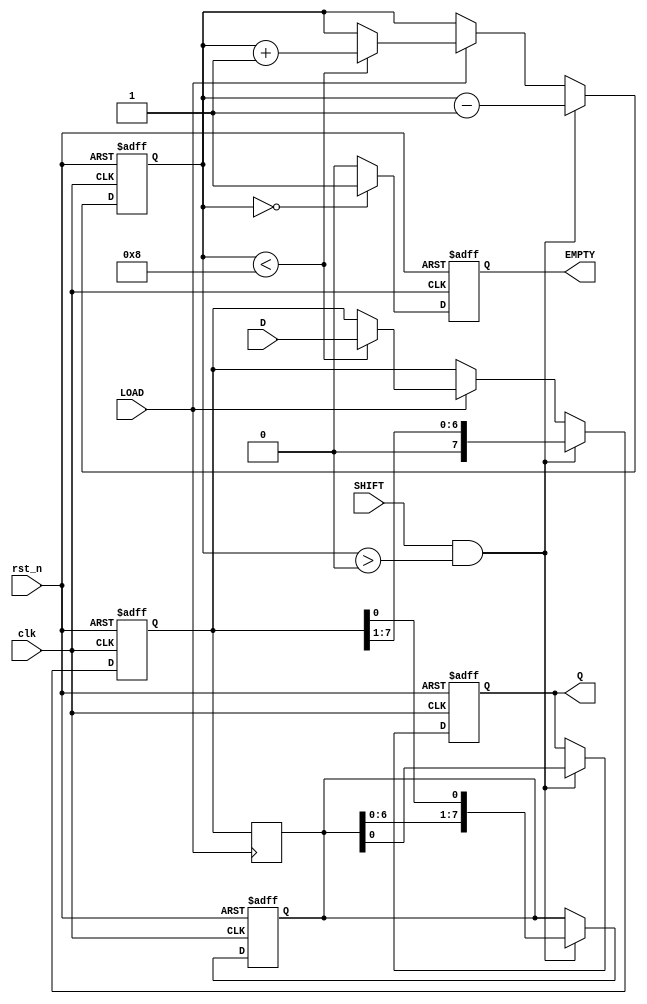
module FIFO_PISO #(
    parameter WIDTH = 8  // Parameter to define the width of the data input
)(
    input wire clk,              // Clock signal
    input wire rst_n,            // Asynchronous active low reset signal
    input wire LOAD,             // Control signal to load data
    input wire SHIFT,            // Control signal to shift data out serially
    input wire [WIDTH-1:0] D,    // Parallel data input bus
    output reg Q,                // Serial output
    output reg EMPTY             // Empty flag
);

    reg [WIDTH-1:0] register;    // Internal register to hold data
    reg [WIDTH-1:0] shift_reg;    // Shift register to manage output shifting
    reg [3:0] count;              // Count of data bits in the register

    // Asynchronous Reset Logic
    always @(posedge clk or negedge rst_n) begin
        if (!rst_n) begin
            register <= 0;
            shift_reg <= 0;
            count <= 0;
            Q <= 0;
            EMPTY <= 1;
        end else begin
            // Loading data into the register
            if (LOAD) begin
                if (count < WIDTH) begin
                    register <= D;     // Load new data
                    count <= count + 1; // Increment count
                end
            end
            
            // Shifting data out
            if (SHIFT && count > 0) begin
                Q <= shift_reg[0];  // Output the LSB
                shift_reg <= {shift_reg[WIDTH-2:0], register[0]}; // Shift left
                register <= {1'b0, register[WIDTH-1:1]}; // Shift register data
                count <= count - 1; // Decrement count
            end
            
            // Update the EMPTY flag
            if (count == 0) begin
                EMPTY <= 1; // Mark as empty when count is zero
            end else begin
                EMPTY <= 0; // Data is present
            end
        end
    end

    // Manage the initial shift_reg content when loaded data changes
    always @(posedge LOAD) begin
        shift_reg <= register; // Initialize shift_reg with the loaded data
    end

endmodule